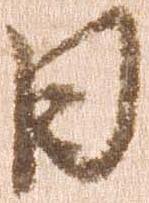
日